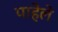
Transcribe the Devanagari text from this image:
पाहेले